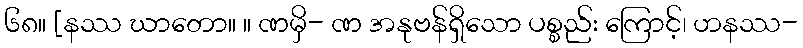
၆၈။ [နဿ ဃာတော။ ။ ဏမှိ- ဏ အနုဗန်ရှိသော ပစ္စည်း ကြောင့်၊ ဟနဿ-